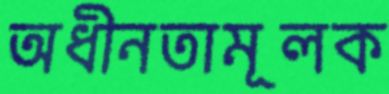
অধীনতামূলক